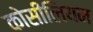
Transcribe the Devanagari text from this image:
कोसीलियम